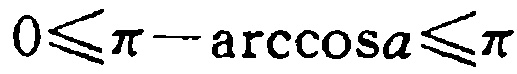
\(0\leqslant\pi - \arccos a\leqslant\pi\)